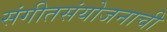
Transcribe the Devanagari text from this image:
संगीतसंयोजनाची